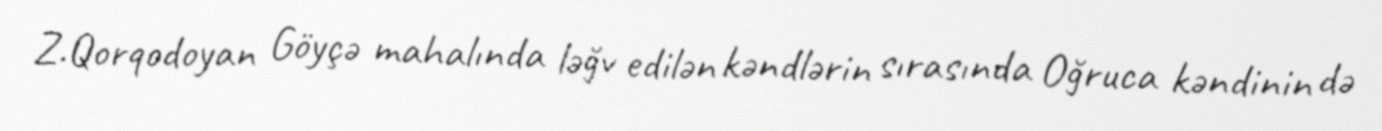
Z.Qorqodoyan Göyçə mahalında ləğv edilən kəndlərin sırasında Oğruca kəndinin də